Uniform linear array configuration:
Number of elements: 16
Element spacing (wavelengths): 0.25
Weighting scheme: uniform
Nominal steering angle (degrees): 45
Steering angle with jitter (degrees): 45.48
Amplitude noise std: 0.05
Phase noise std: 0.05

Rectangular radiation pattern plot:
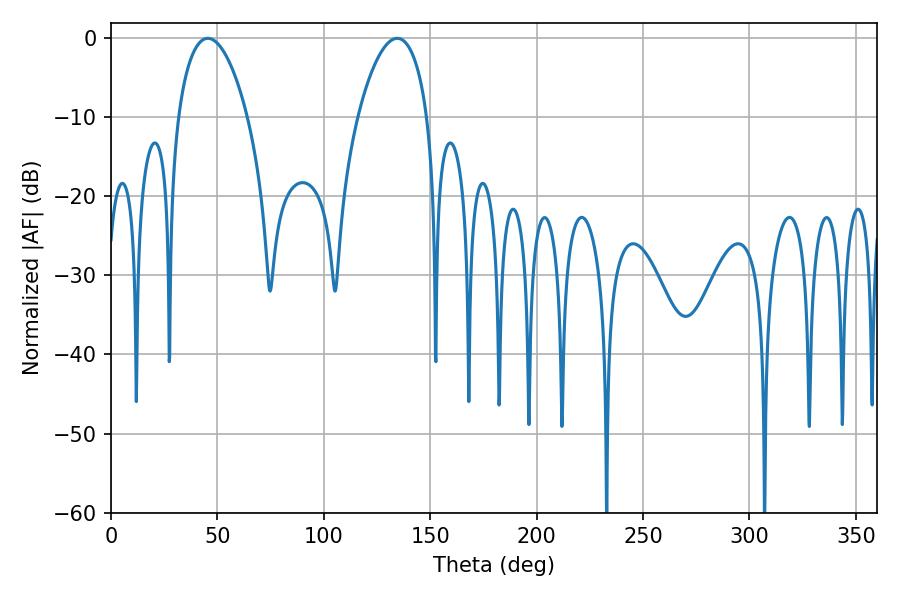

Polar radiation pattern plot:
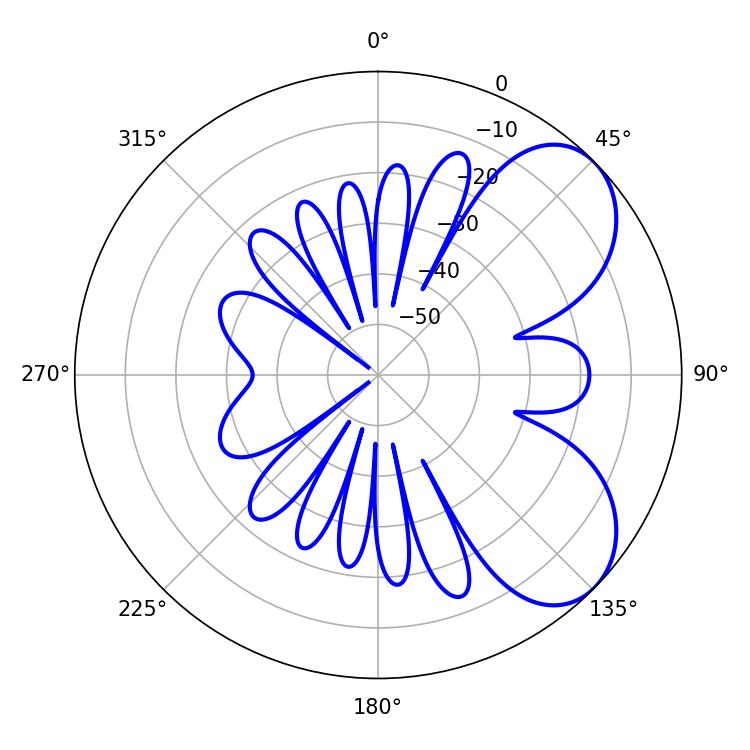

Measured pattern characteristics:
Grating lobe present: FALSE
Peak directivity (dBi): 6.075
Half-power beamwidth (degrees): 18.36
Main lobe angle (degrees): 45.54